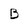
Character: B